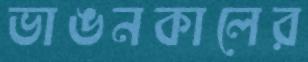
ভাঙনকালের